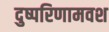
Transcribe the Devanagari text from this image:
दुष्परिणामवश